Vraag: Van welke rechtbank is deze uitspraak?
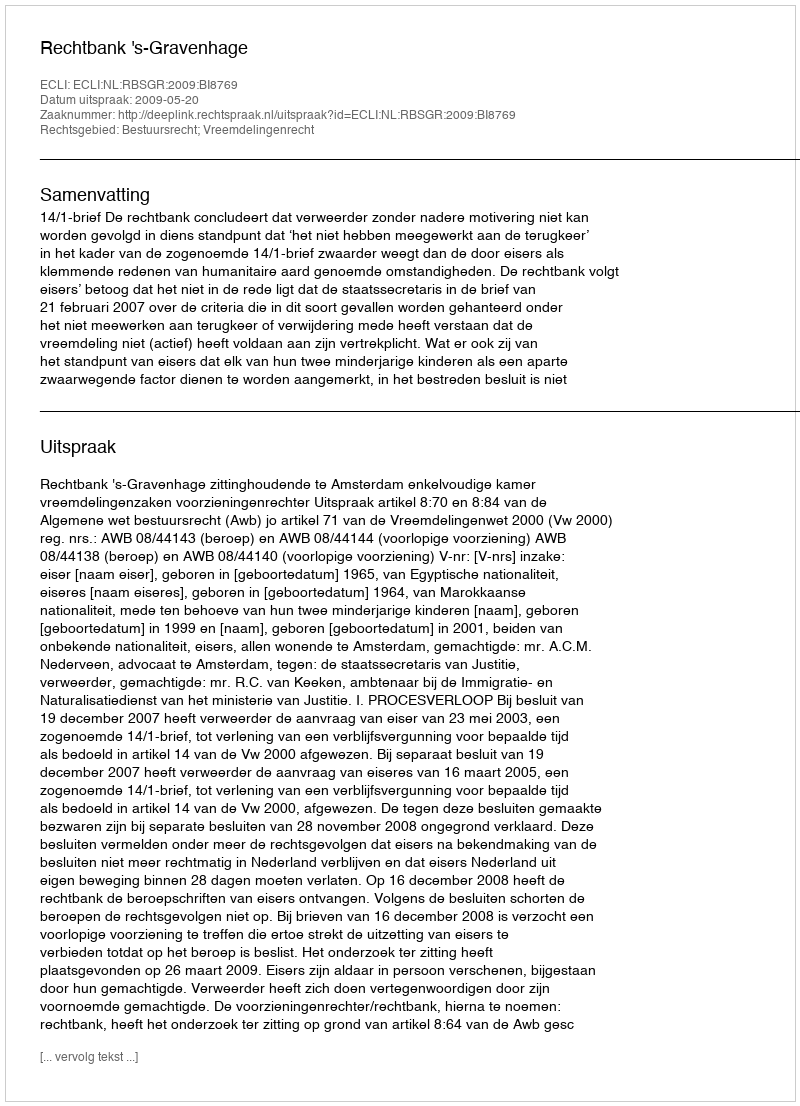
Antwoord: Rechtbank 's-Gravenhage